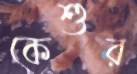
কেশুর